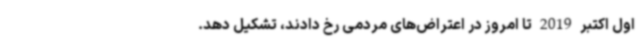
اول اکتبر 2019 تا امروز در اعتراض‌های مردمی رخ دادند، تشکیل دهد.